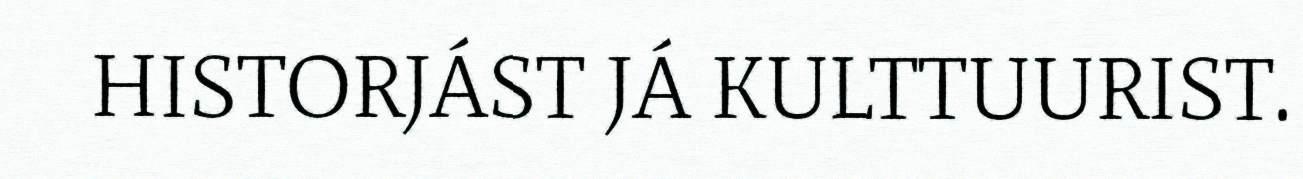
HISTORJÁST JÁ KULTTUURIST.